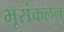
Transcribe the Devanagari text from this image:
भूसंकलन